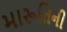
મારૂતિની